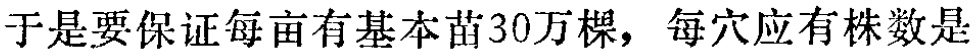
于是要保证每亩有基本苗30万棵，每穴应有株数是